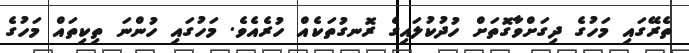
ތެރޭގައި މަހުގެ ދިގަށްވާގޮތަށް ހުދުކުލައިގެ ރޮނގުތަކެއް ހުރެއެވެ. މަހުގައި ހުންނަ ތިކިތައް މަހުގެ